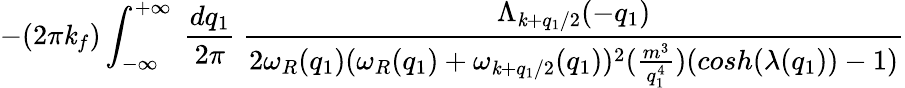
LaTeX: -(2\pi\mathit{k}_{f})\int_{-\infty}^{+\infty}\mathrm{{~}}\frac{{dq_{1}}}{{2\pi}}\mathrm{{~}}\frac{{\Lambda_{\mathit{k}+q_{1}/2}(-q_{1})}}{{2\omega_{R}(q_{1})(\omega_{R}(q_{1})+\omega_{\mathit{k}+q_{1}/2}(q_{1}))^{2}(\frac{{m^{3}}}{{q_{1}^{4}}})(cosh(\lambda(q_{1}))-1)}}